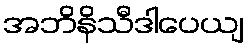
အဘိနိသီဒါပေယျ